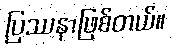
ပြဿနာဖြစ်တယ်။